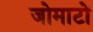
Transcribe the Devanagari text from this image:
जोमाटो